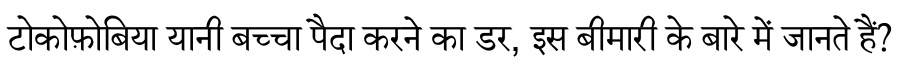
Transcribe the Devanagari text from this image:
टोकोफ़ोबिया यानी बच्चा पैदा करने का डर, इस बीमारी के बारे में जानते हैं?